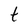
Character: t